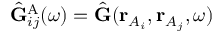
\hat { \mathbf { G } } _ { i j } ^ { \mathrm { A } } ( \omega ) = \hat { \mathbf { G } } ( \mathbf { r } _ { A _ { i } } , \mathbf { r } _ { A _ { j } } , \omega )